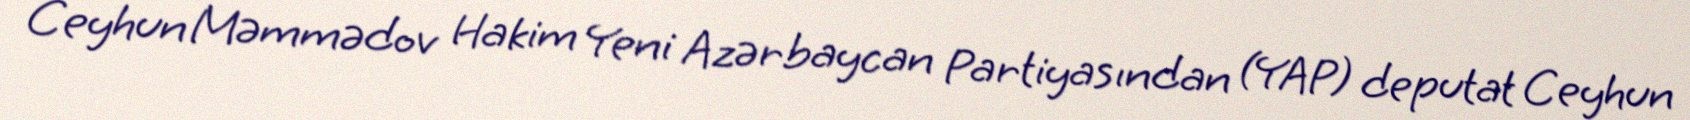
Ceyhun Məmmədov Hakim Yeni Azərbaycan Partiyasından (YAP) deputat Ceyhun